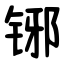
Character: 铘